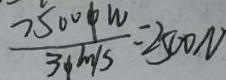
\frac { 7 5 0 0 \phi W } { 3 \phi m / s } = 2 5 0 0 N